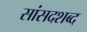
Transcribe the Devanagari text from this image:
सांसदशब्द